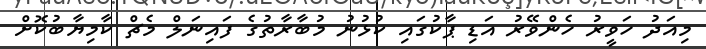
މިއަދު ހަވީރު ހެންވޭރު އަޑި ޕާކުގައި ކުޅުނު މުބާރާތުގެ ފައިނަލް މެޗް ކާމިޔާބުކޮށް